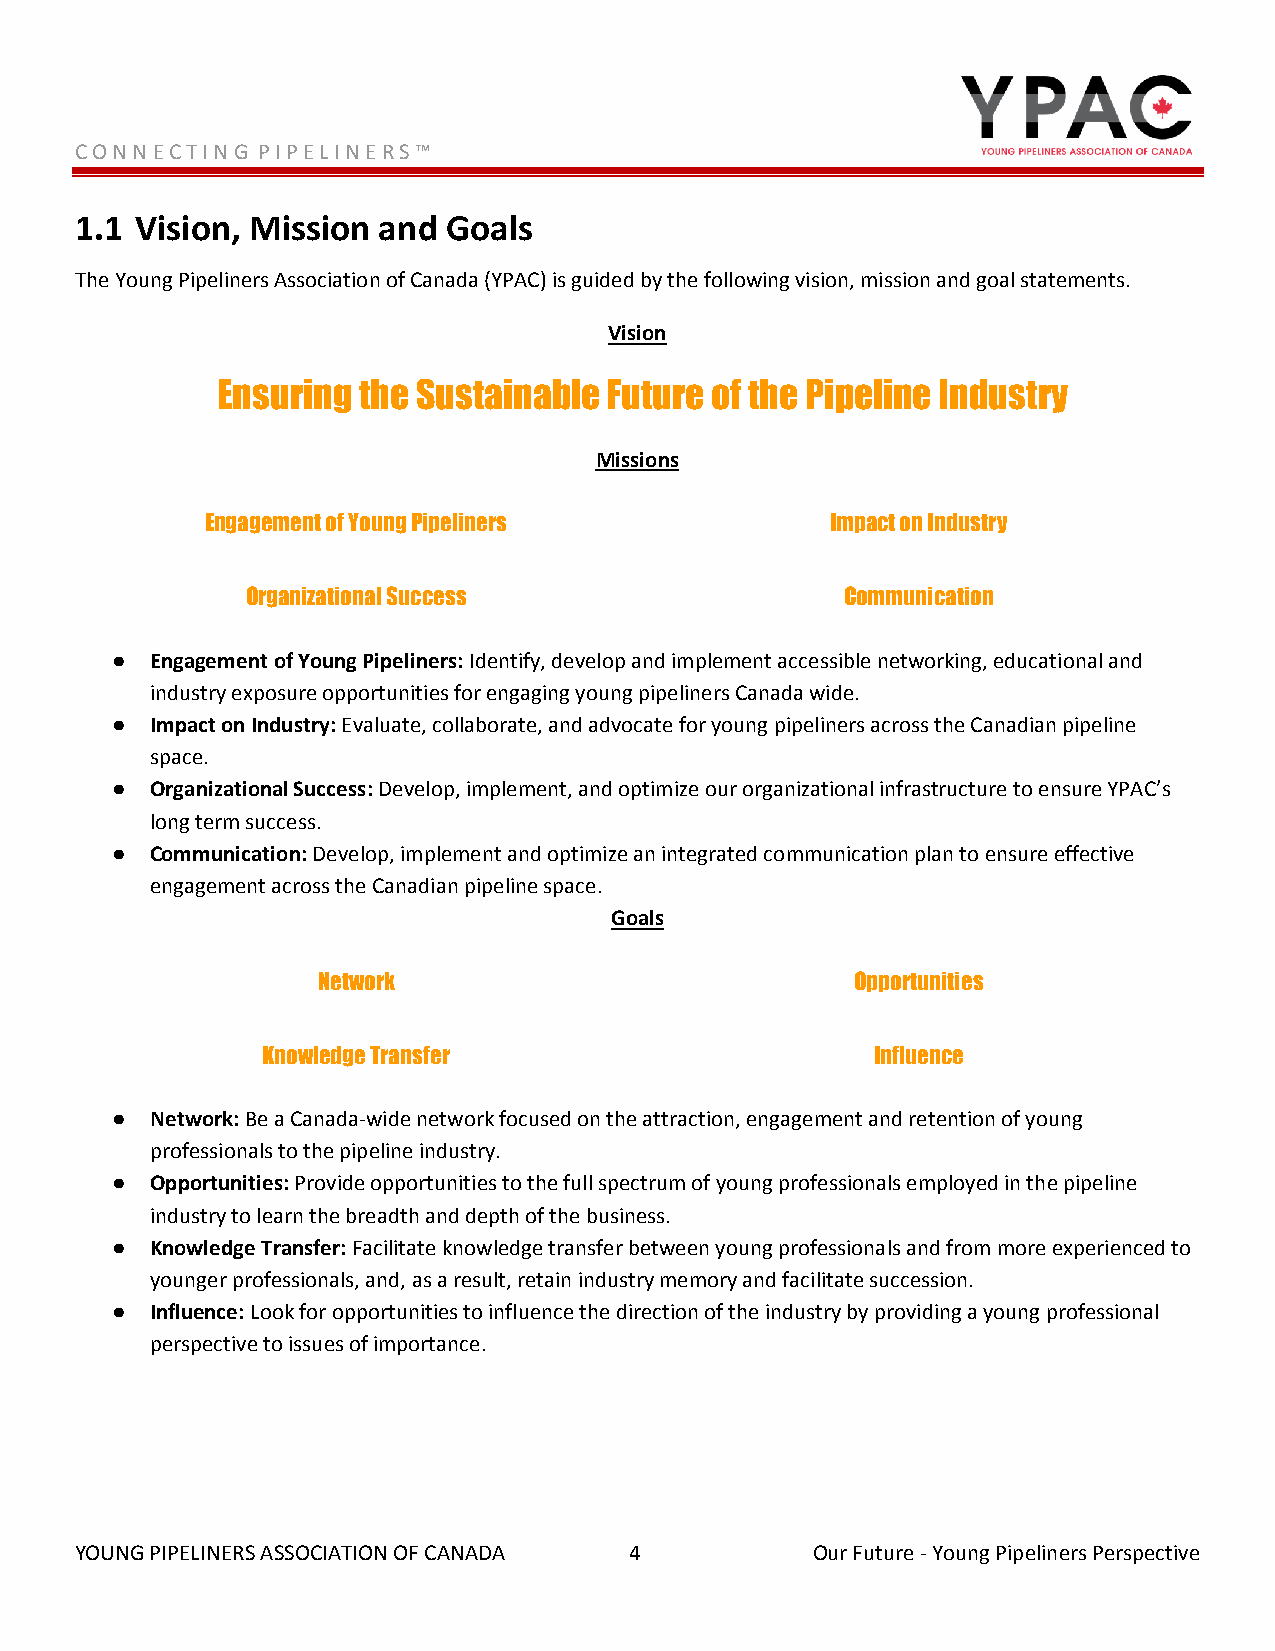
C O N N E C T I N G P I P E L I N E R S ™
 1.1 Vision, Mission and  Goals
 The Young Pipeliners Association of Canada (YPAC) is guided by the following vision, mission and goal statements.
 Vision
 Ensuring  the Sustainable Future of the Pipeline Industry
 Missions
 Engagement of Young Pipeliners           Impact on Industry
 Organizational Success                  Communication
 ●  Engagement of Young Pipeliners: Identify, develop and implement accessible networking, educational and
 industry exposure opportunities for engaging young pipeliners Canada wide.
 ●  Impact on Industry: Evaluate, collaborate, and advocate for young pipeliners across the Canadian pipeline
 space.
 ●  Organizational Success: Develop, implement, and optimize our organizational infrastructure to ensure YPAC’s
 long term success.
 ●  Communication: Develop, implement and optimize an integrated communication plan to ensure effective
 engagement across the Canadian pipeline space.
 Goals
 Network                             Opportunities
 Knowledge Transfer                       Influence
 ●  Network: Be a Canada-wide network focused on the attraction, engagement and retention of young
 professionals to the pipeline industry.
 ●  Opportunities: Provide opportunities to the full spectrum of young professionals employed in the pipeline
 industry to learn the breadth and depth of the business.
 ●  Knowledge Transfer: Facilitate knowledge transfer between young professionals and from more experienced to
 younger professionals, and, as a result, retain industry memory and facilitate succession.
 ●  Influence: Look for opportunities to influence the direction of the industry by providing a young professional
 perspective to issues of importance.
 YOUNG PIPELINERS ASSOCIATION OF CANADA 4         Our Future - Young Pipeliners Perspective